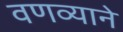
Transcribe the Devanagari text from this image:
वणव्याने